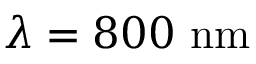
\lambda = 8 0 0 \ \mathrm { n m }